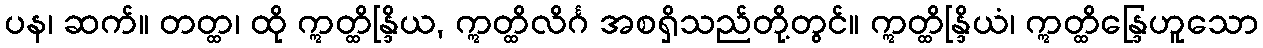
ပန၊ ဆက်။ တတ္ထ၊ ထို ဣတ္ထိန္ဒြိယ, ဣတ္ထိလိင်္ဂ အစရှိသည်တို့တွင်။ ဣတ္ထိန္ဒြိယံ၊ ဣတ္ထိန္ဒြေဟူသော